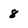
Character: 8